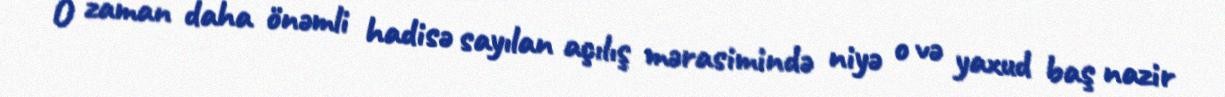
O zaman daha önəmli hadisə sayılan açılış mərasimində niyə o və yaxud baş nazir